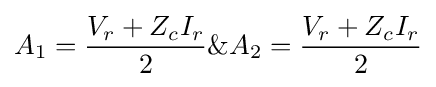
A_{1}={\frac {V_{r}+Z_{c}I_{r}}{2}}\&A_{2}={\frac {V_{r}+Z_{c}I_{r}}{2}}